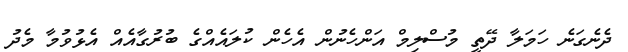
ދެނެގަނެ ހަމަލާ ދޭތީ މުސްލިމް އަންހެނުން އެހެން ކުލައެއްގެ ބުރުގާއެއް އެޅުވުމާ މެދު